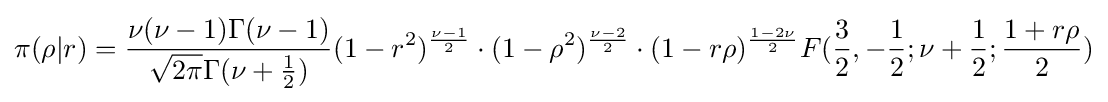
\pi (\rho |r)={\frac {\nu (\nu -1)\Gamma (\nu -1)}{{\sqrt {2\pi }}\Gamma (\nu +{\frac {1}{2}})}}(1-r^{2})^{\frac {\nu -1}{2}}\cdot (1-\rho ^{2})^{\frac {\nu -2}{2}}\cdot (1-r\rho )^{\frac {1-2\nu }{2}}F({\frac {3}{2}},-{\frac {1}{2}};\nu +{\frac {1}{2}};{\frac {1+r\rho }{2}})